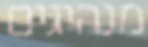
מנהיגים